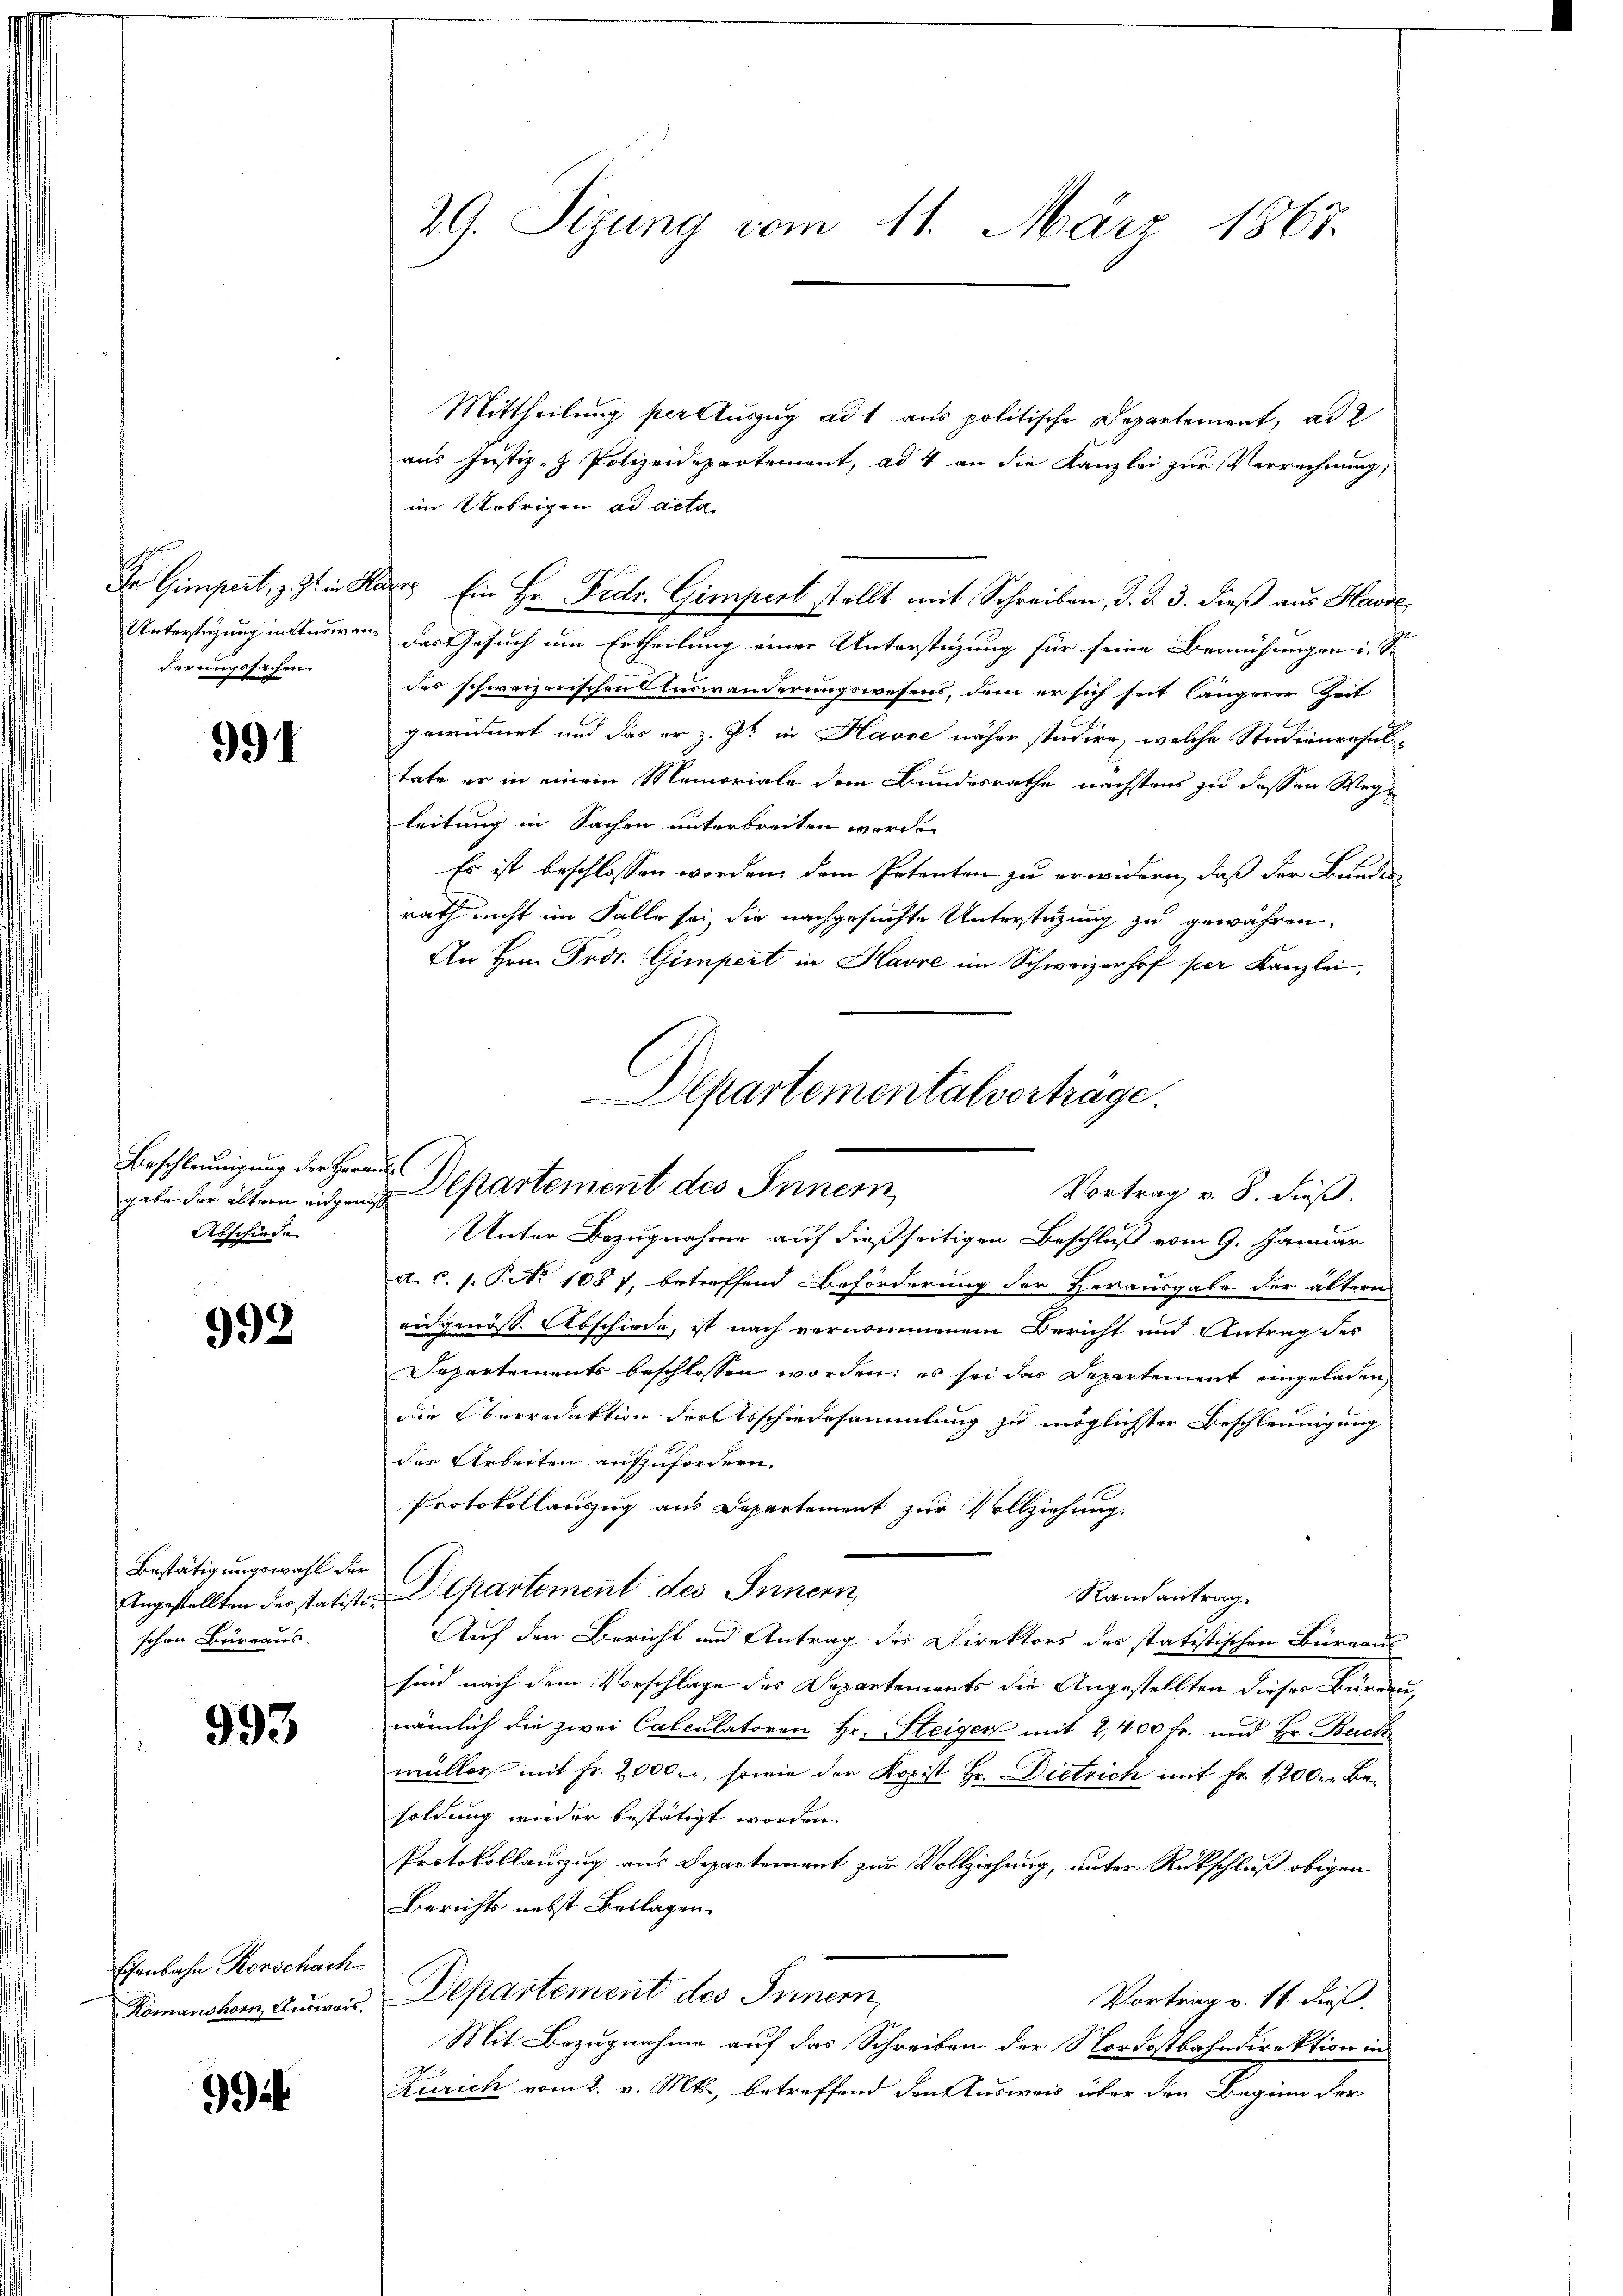
Dr Gimpert, z. Zt. i. R.
derungssachen

991

Beschleunigung der Her
gabe der ältern engang
Abschiede

992

Bestätigungswahl der
Angestellten des statistischen Bureaus.

993

Eisenbahn Rorschach
Komanshorn, Ausweis,

Gif

29. Sizung vom 11. März 1867.

Mittheilung ster Auszug ad 1 aus politische Departement, ad 2
aus Justiz- & Polizeidepartement, ad 4 an die Kanzlei zur Verrechnung;
im Uebrigen ad acta
an Ein Hr. Frdr. Gimpert stellt mit Schreiben, d. d. 3. dieß aus Hase
Unterstüzung in Anden, das Gesuch um Ertheilung einer Unterstützung für seine Bemühungen i. S.
des schweizerischen Auswanderungswesens, dem er sich seit längerer Zeit
gewidmet und das er z. Zt. in Havre näher studire, welche Steidienresultate er in einem Memoriale dem Bundesrathe nächstens zu dessen Wege
leitung in Sachen unterbreiten worde
Es ist beschlossen worden, dem Petenten zu erwidern, daß der Bunden
rath nicht im Falle sei die nachgesuchte Unterstüzung zu gewähren,
An Hrn. Fros. Gimpert in Havre im Schweizerhof per Kanzlei,
Unter Bezugnahme auf dießseitigen Beschluß vom 9. Januar
A. C. s. S. 1087, betreffend Beförderung der Herausgabe der ältern
eidgenöss. Abschiede, ist nach vernommenem Bericht und Antrag des
Separtements beschlossen worden; es sei das Departement eingeladen,
die Oberredaktion der Abschiedesammlung zu möglichster Beschleunigung
die Arbeiten aufzufordern.
Protokollauszug aus Departement zur Vollziehung.
Departement des Innern,
Rautantrag
Auf den Bericht und Antrag der Direktors des statistischen Burgaus
sind nach dem Vorschlage des Departements die Angestellten dieses Bureau,
nämlich die zwei Calculatoren Hr. Steigen mit 2,400 fr. und Hr. Buch.
müller mit Fr. 2000. r, sowie der Kopist Hr. Dietrich mit Fr. 1200. - Besoldung wieder bestätigt worden.
Protokollauszug aus Departement zur Vollziehung, unter Rückschluß obigen
Berichts nebst Bollagen
Departement des Innern,
Vortrag v. 11. dieß.
Mit Bezugnahme auf das Schreiben der Nordostbahndirektion in
Zürich vom 2. v. Mts., betreffend den Ausweis über den Beginn der

Departementalvorträge.
nfl
Departement des Innern,
Vortrag u. S. dieß.